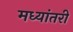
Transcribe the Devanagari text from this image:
मध्यांतरी